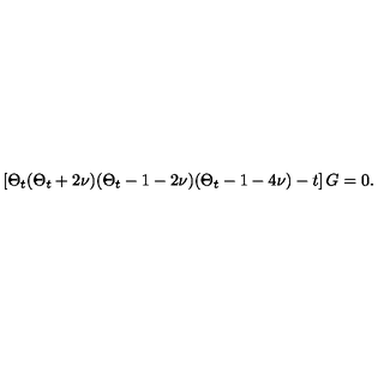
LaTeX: \left[ \Theta _ { t } ( \Theta _ { t } + 2 \nu ) ( \Theta _ { t } - 1 - 2 \nu ) ( \Theta _ { t } - 1 - 4 \nu ) - t \right] G = 0 .